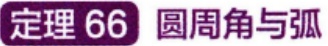
定理 66 圆周角与弧